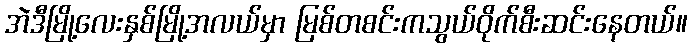
အဲဒီမြို့လေးနှစ်မြို့အလယ်မှာ မြစ်တစင်းကသွယ်ဝိုက်စီးဆင်းနေတယ်။